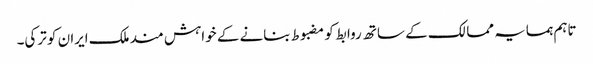
تاہم ہمسایہ ممالک کے ساتھ روابط کو مضبوط بنانے کے خواہش مند ملک ایران کو ترکی۔